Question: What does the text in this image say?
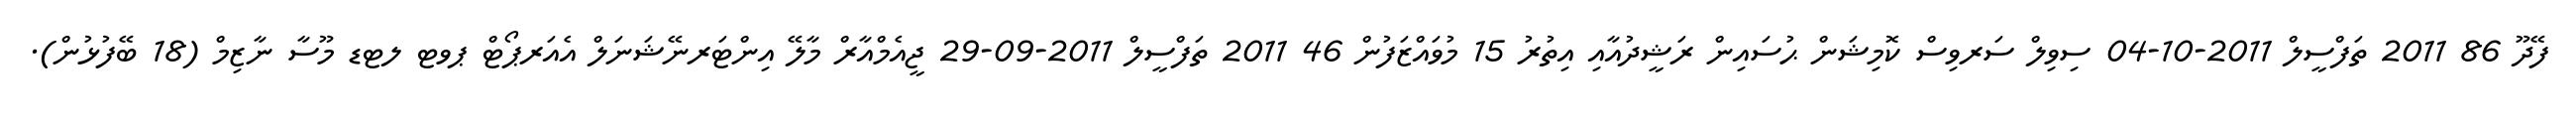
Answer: ފޭދޫ 86 2011 ތަފްސީލް 2011-10-04 ސިވިލް ސަރވިސް ކޮމިޝަން ޙުސައިން ރަޝީދުއާއި އިތުރު 15 މުވައްޒަފުން 46 2011 ތަފްސީލް 2011-09-29 ޖީއެމްއާރް މާލޭ އިންޓަރނޭޝަނަލް އެއަރޕޯޓް ޕވޓ ލޓޑ މޫސާ ނާޒިމް (18 ބޭފުޅުން).